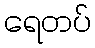
ရေတပ်